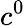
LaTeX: c^{0}